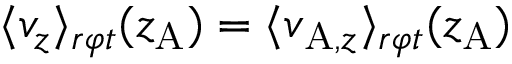
\langle v _ { z } \rangle _ { r \varphi t } ( z _ { \mathrm { A } } ) = \langle v _ { \mathrm { A } , z } \rangle _ { r \varphi t } ( z _ { \mathrm { A } } )